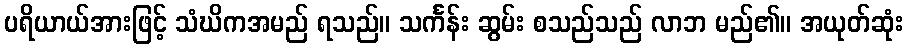
ပရိယာယ်အားဖြင့် သံဃိကအမည် ရသည်။ သင်္ကန်း ဆွမ်း စသည်သည် လာဘ မည်၏။ အယုတ်ဆုံး